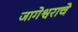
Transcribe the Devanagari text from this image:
जागेश्वराचे